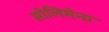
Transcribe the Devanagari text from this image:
सोलिमेना